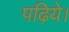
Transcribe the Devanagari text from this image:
पढ़िये।